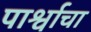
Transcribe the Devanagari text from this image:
पार्श्वाचा